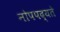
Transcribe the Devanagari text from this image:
नोपपद्यते